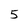
Character: 5